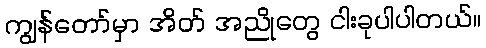
ကျွန်တော်မှာ အိတ် အညိုတွေ ငါးခုပါပါတယ်။